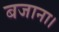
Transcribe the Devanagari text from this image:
बजाना।